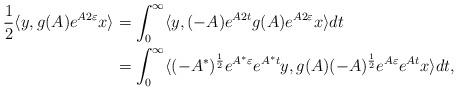
LaTeX: \begin{align*} \frac{1}{2}\langle y, g(A) e^{A2\varepsilon} x \rangle &= \int_0^{\infty} \langle y, (-A) e^{A2t} g(A) e^{A2\varepsilon} x \rangle dt\\ &= \int_0^{\infty} \langle (-A^*)^{\frac{1}{2}} e^{A^*\varepsilon} e^{A^* t} y , g(A) (-A)^{\frac{1}{2}}e^{A\varepsilon} e^{A t} x \rangle dt,\end{align*}